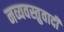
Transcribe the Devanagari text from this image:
नव्यवस्तुवादी